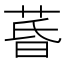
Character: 𮏚